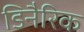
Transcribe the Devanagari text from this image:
डिनैरिक